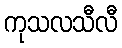
ကုသလသီလီ